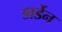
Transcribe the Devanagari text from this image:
डार्डेन